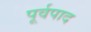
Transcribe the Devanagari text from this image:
पूर्वपाद